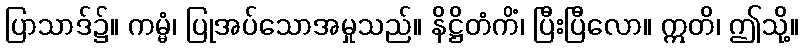
ပြာသာဒ်၌။ ကမ္မံ၊ ပြုအပ်သောအမှုသည်။ နိဋ္ဌိတံကိံ၊ ပြီးပြီလော။ ဣတိ၊ ဤသို့။